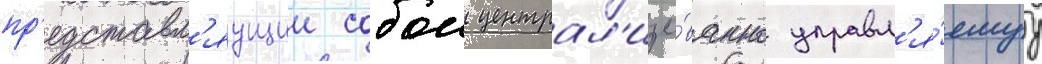
пр'едставл'яущии собои централ'изо́ванно управл'я́емуу